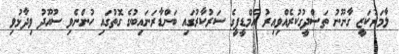
ލާމަރުކަޒީ ގާނޫނު ތަސްދީގުކުރެއްވިއިރު އެމްޑީޕީގެ ސަރުކާރުގައި ބަންޑާރަނައިބުގެ ގޮތުގައި ހުންނެވި ސުއޫދު ވިދާޅުވި